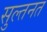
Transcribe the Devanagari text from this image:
सुल्तनत